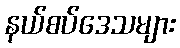
နယ်စပ်ဒေသများ